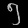
Digit: ၅